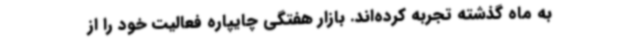
به ماه گذشته تجربه کرده‌اند. بازار هفتگی چایپاره فعالیت خود را از